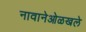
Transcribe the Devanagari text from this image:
नावानेओळखले